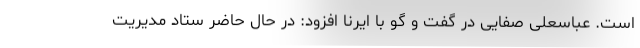
است. عباسعلی صفایی در گفت و گو با ایرنا افزود: در حال حاضر ستاد مدیریت